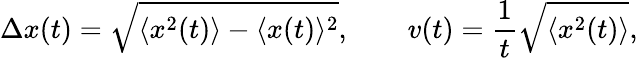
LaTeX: \Delta x(t)=\sqrt{\langle x^{2}(t)\rangle-\langle x(t)\rangle^{2}},\qquad v(t)=\frac{1}{t}\sqrt{\langle x^{2}(t)\rangle},